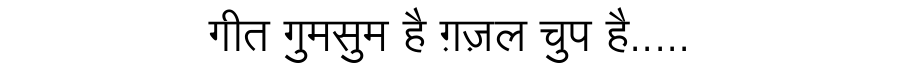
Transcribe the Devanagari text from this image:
गीत गुमसुम है ग़ज़ल चुप है.....